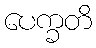
ပေက္ခတိ